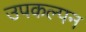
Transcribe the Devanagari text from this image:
उपकल्पन